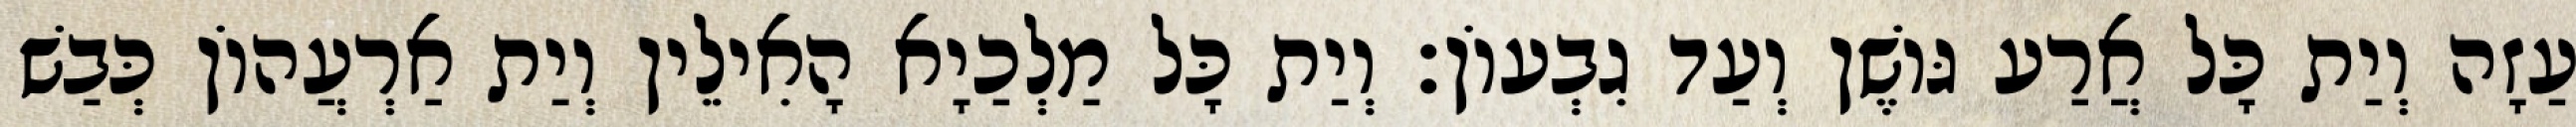
עַזָה וְיַת כָּל אֲרַע גּוֹשֶׁן וְעַד גִבְעוֹן׃ וְיַת כָּל מַלְכַיָא הָאִילֵין וְיַת אַרְעֲהוֹן כְּבַשׁ